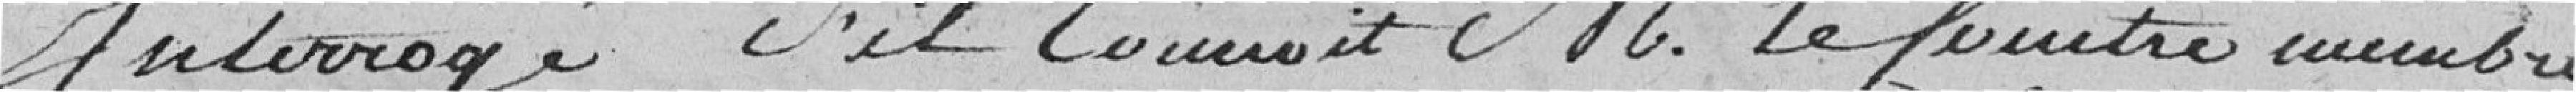
Interrogé s'il connait M. Leceintre membre